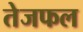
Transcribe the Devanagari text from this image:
तेजफल